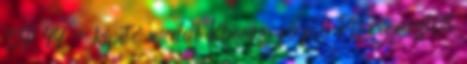
S1P 44 - kifutó modell Klumpa férfi, PU ragasztott